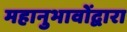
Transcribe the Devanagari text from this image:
महानुभावोंद्वारा